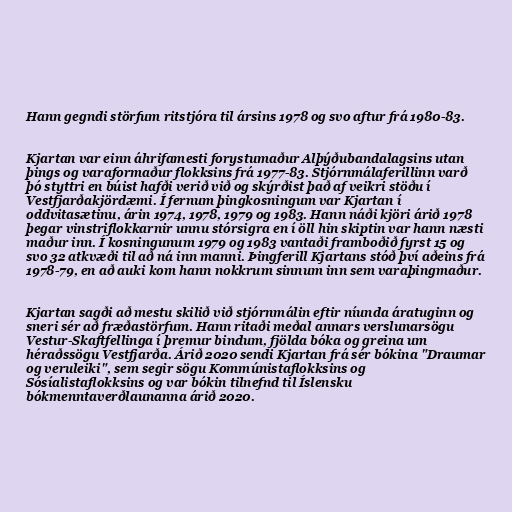
Hann gegndi störfum ritstjóra til ársins 1978 og svo aftur frá 1980-83.

Kjartan var einn áhrifamesti forystumaður Alþýðubandalagsins utan
þings og varaformaður flokksins frá 1977-83. Stjórnmálaferillinn varð
þó styttri en búist hafði verið við og skýrðist það af veikri stöðu í
Vestfjarðakjördæmi. Í fernum þingkosningum var Kjartan í
oddvitasætinu, árin 1974, 1978, 1979 og 1983. Hann náði kjöri árið 1978
þegar vinstriflokkarnir unnu stórsigra en í öll hin skiptin var hann næsti
maður inn. Í kosningunum 1979 og 1983 vantaði framboðið fyrst 15 og
svo 32 atkvæði til að ná inn manni. Þingferill Kjartans stóð því aðeins frá
1978-79, en að auki kom hann nokkrum sinnum inn sem varaþingmaður.

Kjartan sagði að mestu skilið við stjórnmálin eftir níunda áratuginn og
sneri sér að fræðastörfum. Hann ritaði meðal annars verslunarsögu
Vestur-Skaftfellinga í þremur bindum, fjölda bóka og greina um
héraðssögu Vestfjarða. Árið 2020 sendi Kjartan frá sér bókina "Draumar
og veruleiki", sem segir sögu Kommúnistaflokksins og
Sósíalistaflokksins og var bókin tilnefnd til Íslensku
bókmenntaverðlaunanna árið 2020.